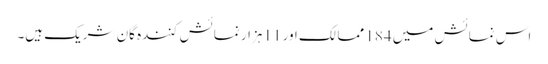
اس نمائش میں 184 ممالک اور 11 ہزار نمائش کنندہ گان شریک ہیں۔